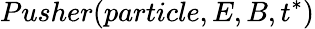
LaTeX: Pusher(particle,E,B,t^{\ast})